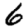
Digit: 6